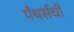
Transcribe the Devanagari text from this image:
पँथर्सची